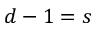
d - 1 = s